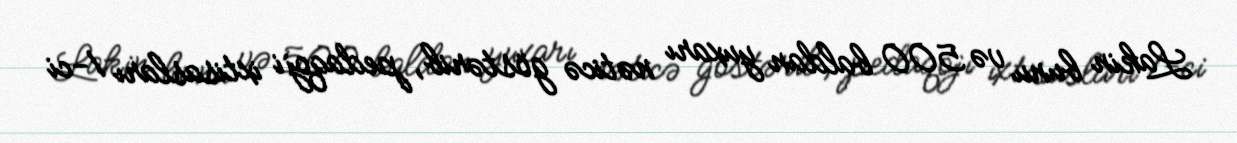
Lakin bunu və 500 baldan yuxarı nəticə göstərib, pedaqoji ixtisasları 1-ci